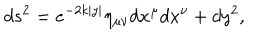
d s ^ { 2 } = e ^ { - 2 k | y | } \eta _ { \mu \nu } d x ^ { \mu } d x ^ { \nu } + d y ^ { 2 } ,